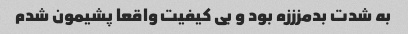
به شدت بدمزززه بود و بی کیفیت واقعا پشیمون شدم